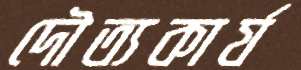
দৌত্যকার্য